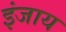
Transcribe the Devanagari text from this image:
इंजाय